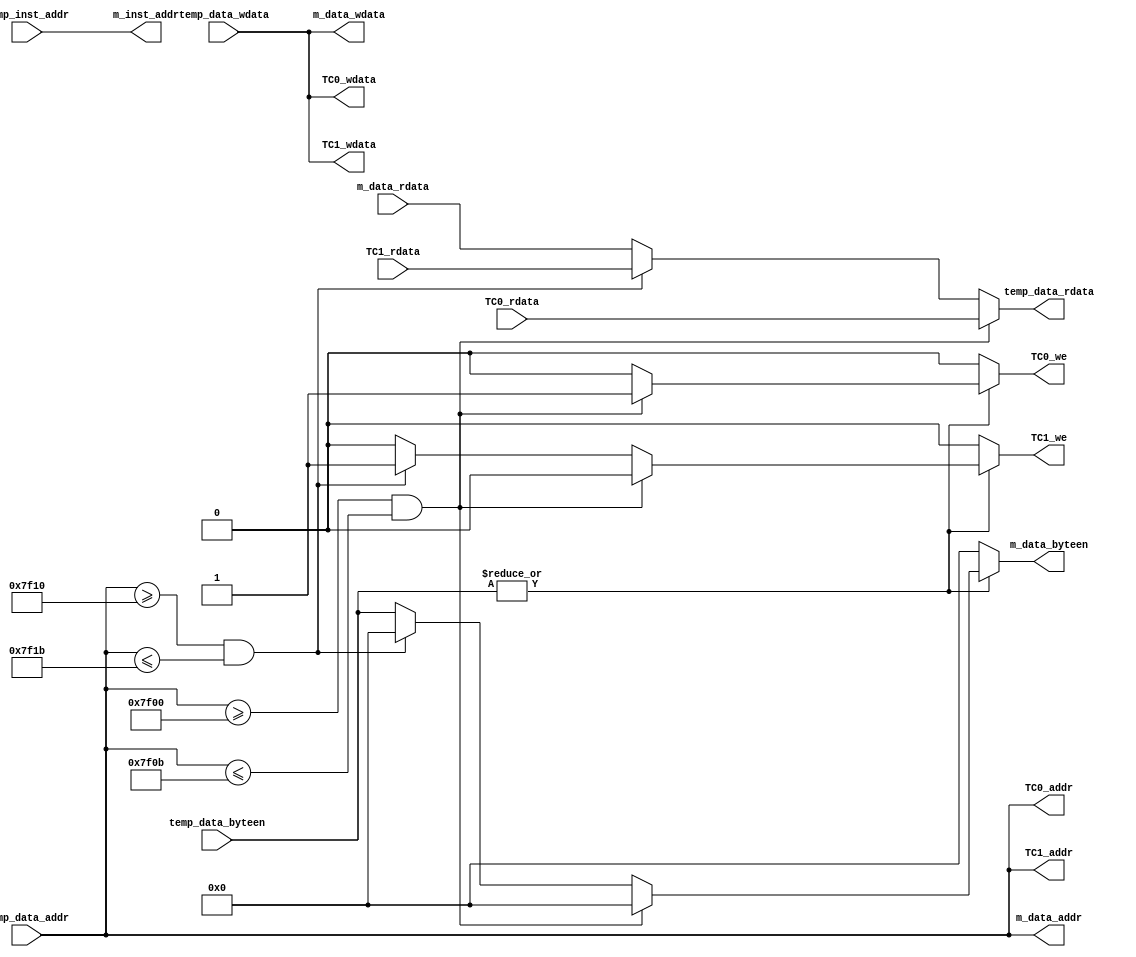
module Bridge(
    input [31:0] temp_data_addr, 
    input [31:0] temp_data_wdata, 
    input [3:0] temp_data_byteen,
    input [31:0] temp_inst_addr,
    output reg [31:0] temp_data_rdata,

    output reg [31:0] m_data_addr,
    output reg [31:0] m_data_wdata,
    output reg [3:0] m_data_byteen,
    output reg [31:0] m_inst_addr,
    input [31:0] m_data_rdata,

    output reg [31:0] TC0_addr,
    output reg TC0_we,
    output reg [31:0] TC0_wdata,
    input [31:0] TC0_rdata,

    output reg [31:0] TC1_addr,
    output reg TC1_we,
    output reg [31:0] TC1_wdata,
    input [31:0] TC1_rdata
);
    
    always @(*) begin
        m_data_wdata = temp_data_wdata;
        TC0_wdata = temp_data_wdata;
        TC1_wdata = temp_data_wdata;

        m_data_addr = temp_data_addr;
        TC0_addr = temp_data_addr[31:0];
        TC1_addr = temp_data_addr[31:0];

        m_inst_addr = temp_inst_addr;

        if (temp_data_addr >= 32'h7f00 && temp_data_addr <= 32'h7f0b) temp_data_rdata = TC0_rdata;
        else if (temp_data_addr >= 32'h7f10 && temp_data_addr <= 32'h7f1b) temp_data_rdata = TC1_rdata;
        else temp_data_rdata = m_data_rdata;

        if (|temp_data_byteen) begin
            if (temp_data_addr >= 32'h7f00 && temp_data_addr <= 32'h7f0b) begin
                m_data_byteen = 0;
                TC1_we = 0;
                TC0_we = 1;
            end else if (temp_data_addr >= 32'h7f10 && temp_data_addr <= 32'h7f1b) begin
                m_data_byteen = 0;
                TC1_we = 1;
                TC0_we = 0;
            end else begin
                m_data_byteen = temp_data_byteen;
                TC1_we = 0;
                TC0_we = 0;
            end
        end else begin
            m_data_byteen = 0;
            TC1_we = 0;
            TC0_we = 0;
        end
    end



endmodule